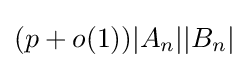
(p+o(1))|A_{n}||B_{n}|